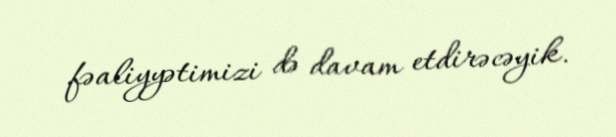
fəaliyyətimizi də davam etdirəcəyik.